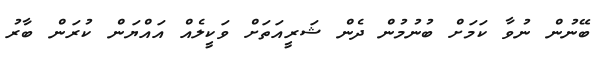
ބޭނުން ނުވާ ކަމަށް ބުނުމުން ދެން ޝަރީއަތަށް ވަކީލެއް އައްޔަން ކުރަން ބާރު